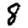
Digit: 8